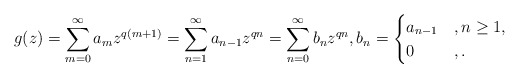
\begin{align*}g(z)=\sum_{m=0}^{\infty}a_mz^{q(m+1)}=\sum_{n=1}^{\infty}a_{n-1}z^{qn}=\sum_{n=0}^{\infty}b_nz^{qn},b_n=\begin{cases}a_{n-1}&, n\geq 1,\\0&, .\end{cases}\end{align*}